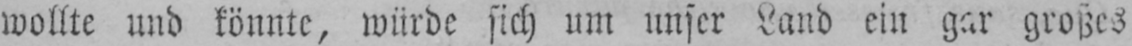
wollte und könnte, würde sich um unser Land ein gar großes